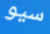
سيو